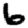
Digit: 6